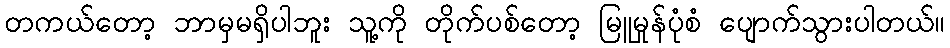
တကယ်တော့ ဘာမှမရှိပါဘူး သူ့ကို တိုက်ပစ်တော့ မြူမှုန်ပုံစံ ပျောက်သွားပါတယ်။